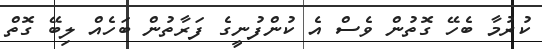
ކުރުމާ ބެހޭ ގޮތުން ވެސް އެ ކުންފުނީގެ ފަރާތުން ބަހެއް ލިބޭ ގޮތް